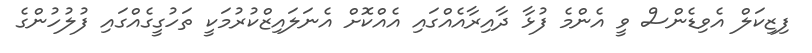
ފިޒިކަލް އެވިޑެންސް ވީ އެންމެ ފުޅާ ދާއިރާއެއްގައި އެއްކޮށް އެނަލައިޒްކުރުމަކީ ތަހުގީގެއްގައި ފުލުހުންގެ